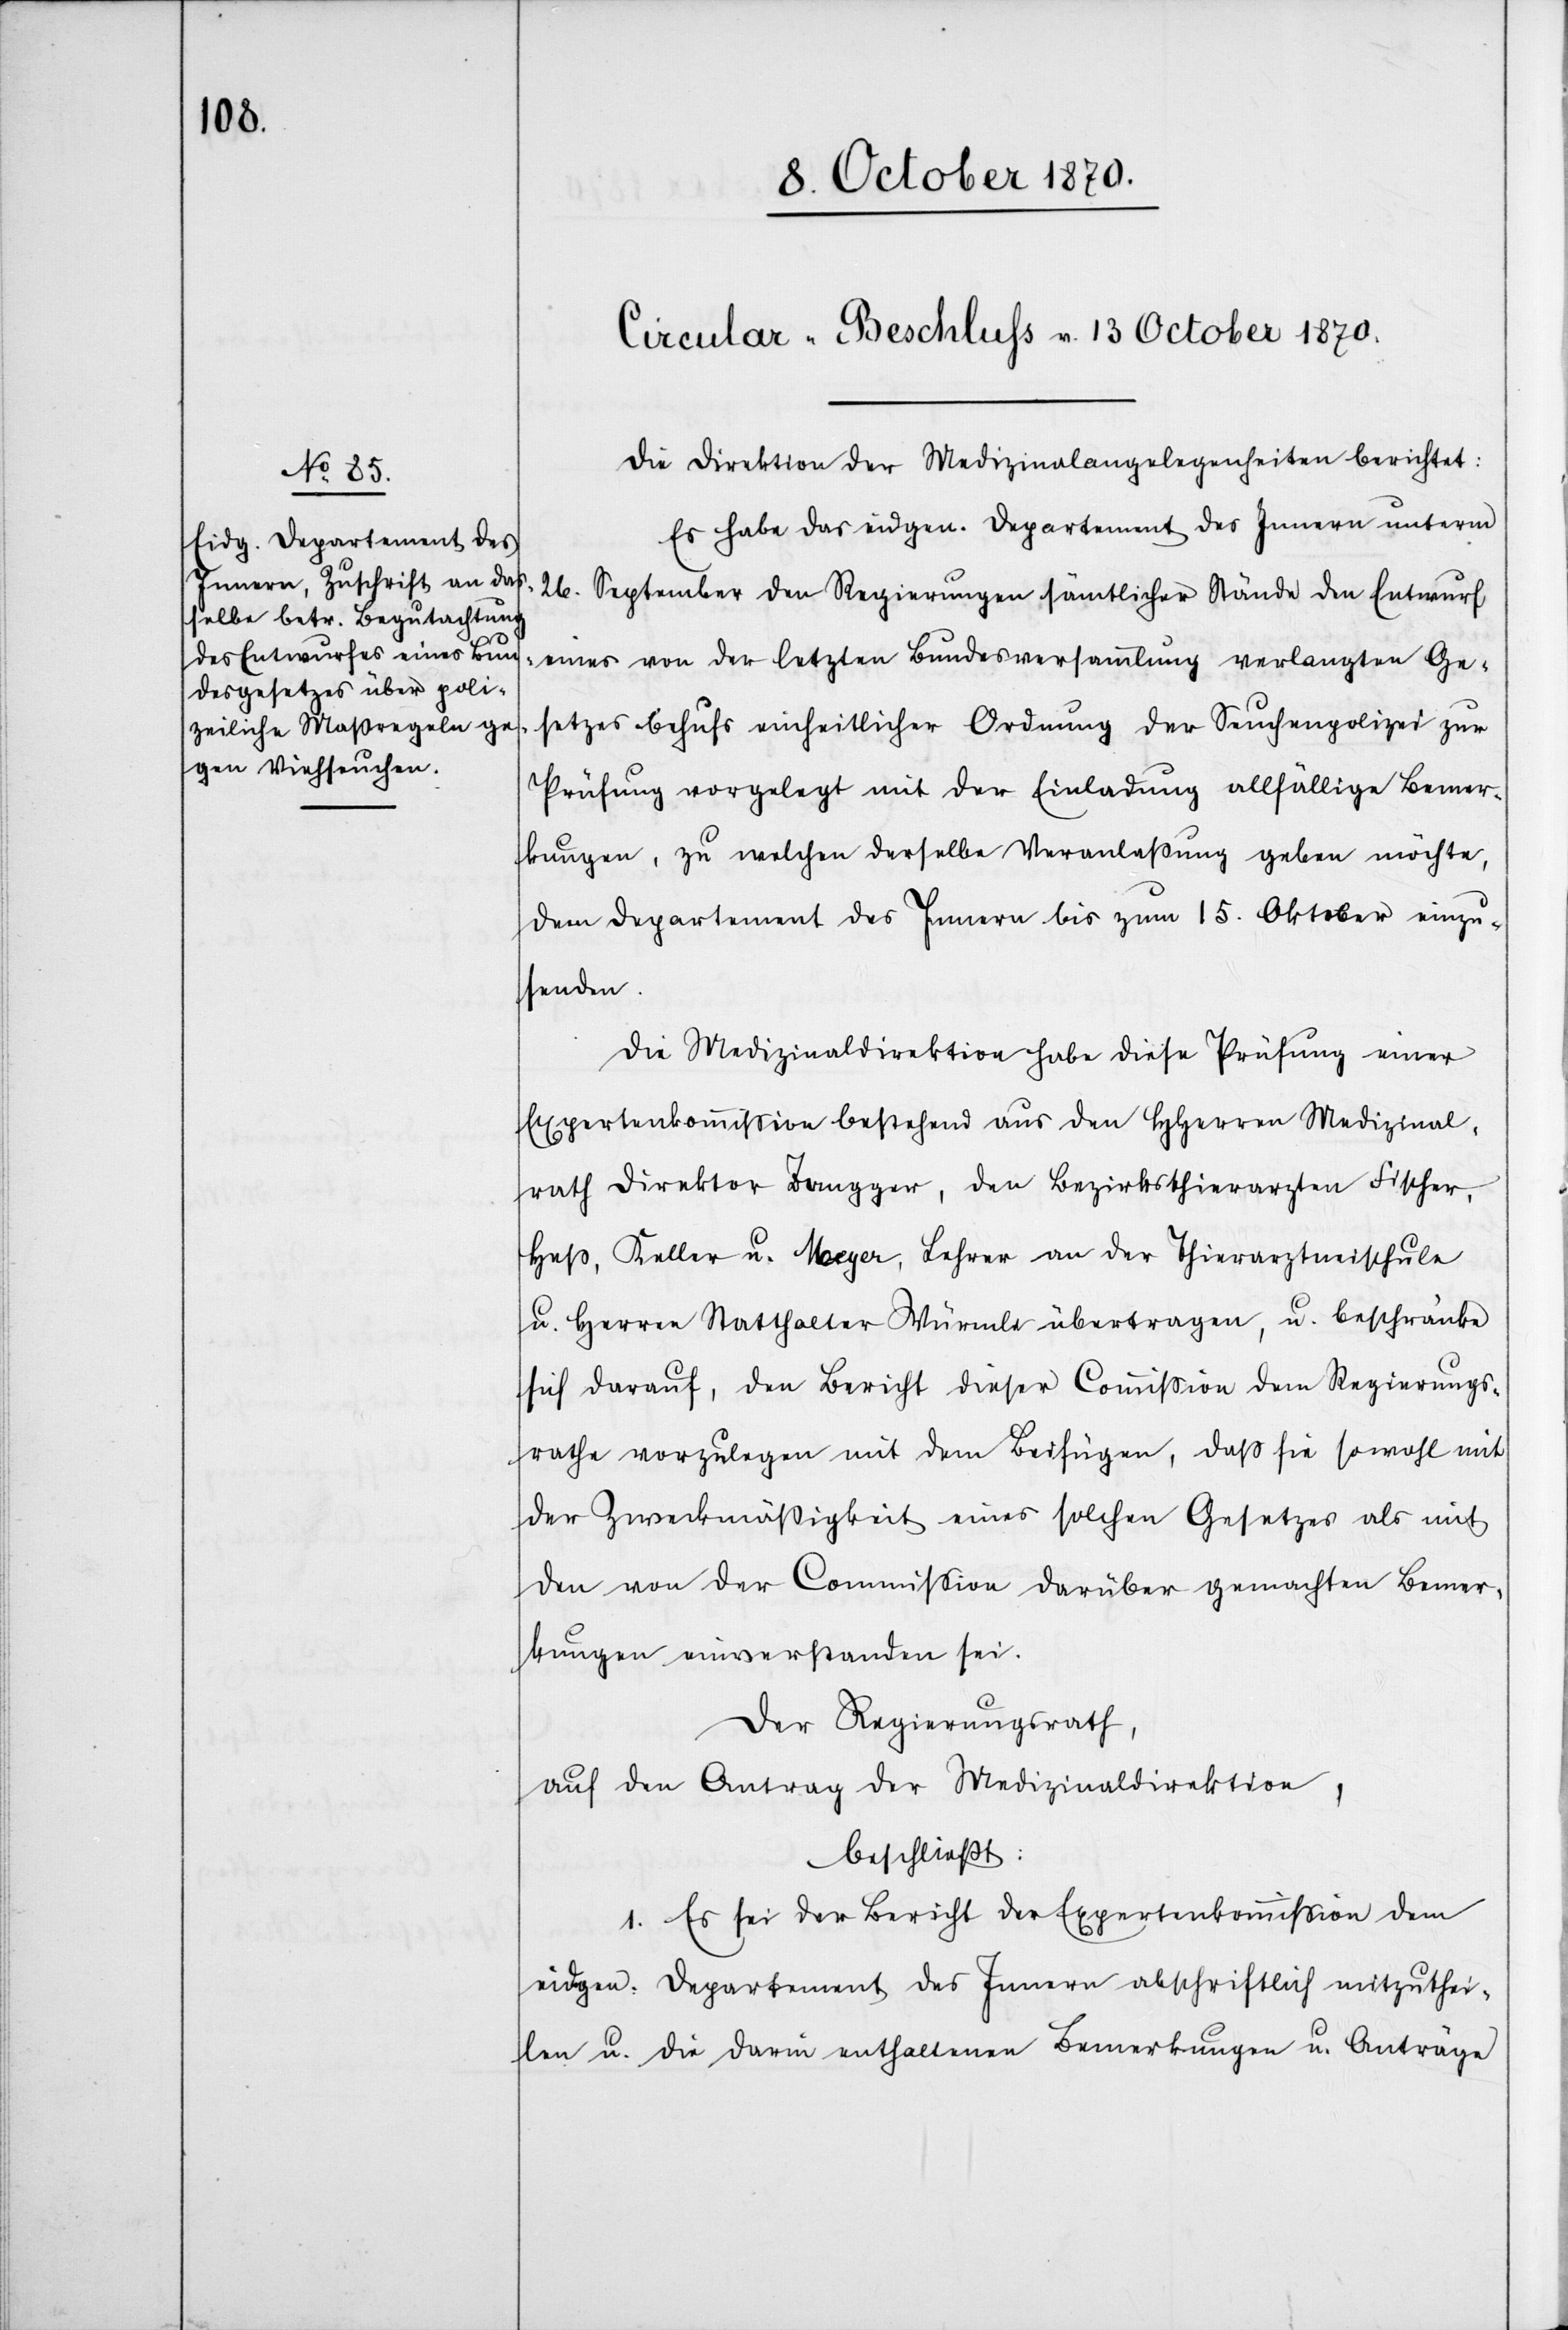
Circular-Beschluß v. 13. October 1870
Die Direktion der Medizinalangelegenheiten berichtet:
Es habe das eidgen. Departement des Innern unterm
26. September den Regierungen sämtlicher Stände den Entwurf
eines von der letzten Bundesversammlung verlangten Ge¬
setzes behufs einheitlicher Ordnung der Seuchenpolizei zur
Prüfung vorgelegt mit der Einladung allfällige Bemer¬
kungen, zu welchen derselbe Veranlaßung geben möchte,
dem Departement des Innern bis zum 15. Oktober einzu¬
senden.
Die Medizinaldirektion habe diese Prüfung einer
Expertenkommission bestehend aus den HHerren Medizinal¬
rath Direktor Zangger, den Bezirksthiera[e]rzten Fischer,
Heß, Keller u. Maeger, Lehrer an der Thierartzneischule
u. Herren Statthalter Würmle übertragen, u. beschränke
sich darauf, den Bericht dieser Commißion dem Regierungs¬
rathe vorzulegen mit dem Beifügen, daß sie sowohl mit
der Zweckmäßigkeit eines solchen Gesetzes als mit
den von der Commißion darüber gemachten Bemer¬
kungen einverstanden sei.
Der Regierungsrath,
auf den Antrag der Medizinaldirektion,
beschließt:
1. Es sei der Bericht der Expertenkommission dem
eidgen. Departement des Innern abschriftlich mitzuthei¬
len u. die darin enthaltenen Bemerkungen u. Anträge